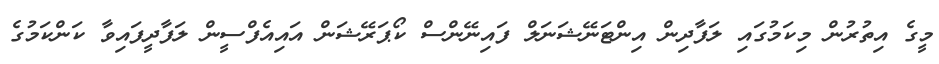
މީގެ އިތުރުން މިކަމުގައި ލަފާދިން އިންޓަނޭޝަނަލް ފައިނޭންސް ކޯޕަރޭޝަން އައިއެފްސީން ލަފާދީފައިވާ ކަންކަމުގެ